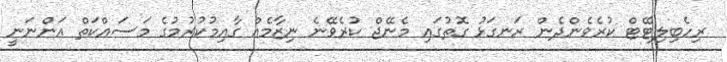
ރިހެބިލިޓޭޓް ކުރެވެންދެން ރަނގަޅު ގޮތުގައި މެނޭޖް ކުރެވޭނެ ނިޒާމެއް ގާއިމުކުރުމުގެ މަސައްކަތް އަންނަނީ